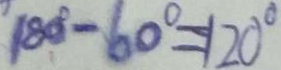
1 8 0 ^ { \circ } - 6 0 ^ { \circ } = 1 2 0 ^ { \circ }